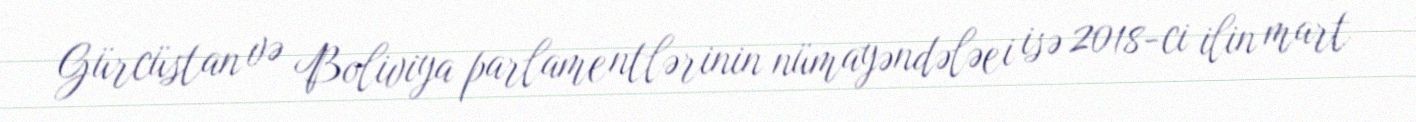
Gürcüstan və Boliviya parlamentlərinin nümayəndələei isə 2018-ci ilin mart